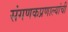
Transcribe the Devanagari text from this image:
संगणकप्रणाल्यांची